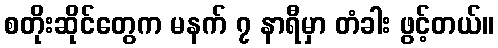
စတိုးဆိုင်တွေက မနက် ၇ နာရီမှာ တံခါး ဖွင့်တယ်။